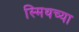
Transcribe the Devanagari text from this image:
स्मिथच्या